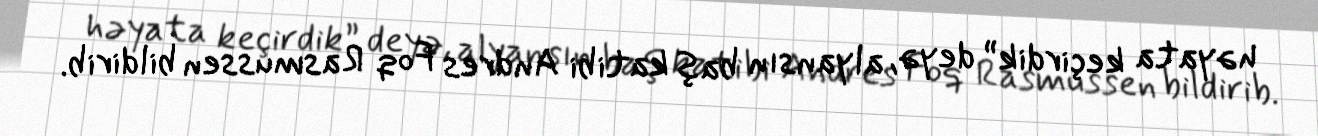
həyata keçirdik” deyə, alyansın baş katibi Andres Foq Rasmussen bildirib.